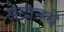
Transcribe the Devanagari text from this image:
सेदानचे